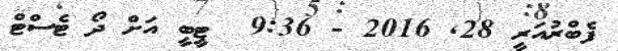
ފެބްރުއަރީ 28